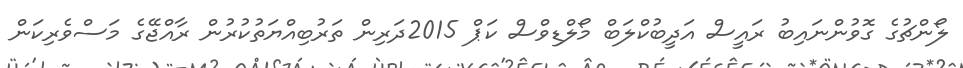
ލޯންޗުގެ ގޮވުންނައިބު ރައީސް އަދީބުކްލަބް މޯލްޑިވްސް ކަޕް 2015ދަރިން ތަރުބިއްޔަތުކުރުން ރާއްޖޭގެ މަސްވެރިކަން